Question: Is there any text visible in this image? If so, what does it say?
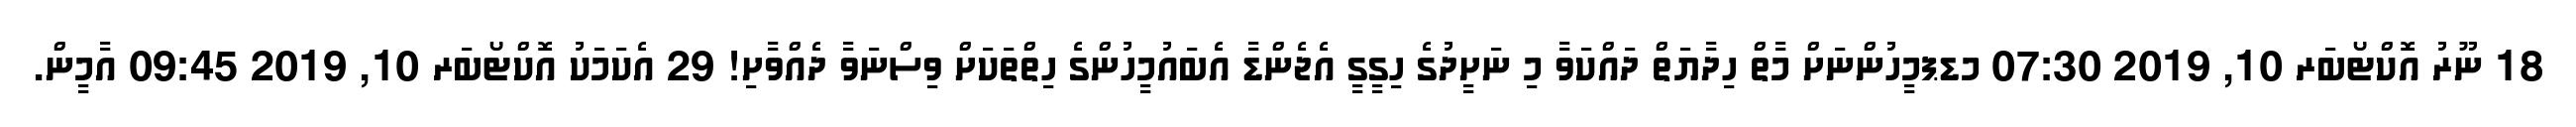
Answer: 18 ނޫރު އޮކްޓޯބަރ 10, 2019 07:30 މޑޕމީހުންނަށް މާތް ހިދާޔަތް ދައްކަވާ މި ނަށީދުގެ ހިގީގީ އެޖެންޑާ އެބައުމީހުންގެ ހިތްތަކަށް ވިސްނަވާ ދެއްވާށި! 29 އެކަމަކު އޮކްޓޯބަރ 10, 2019 09:45 އާމީން.